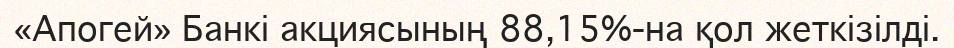
«Апогей» Банкі акциясының 88,15%-на қол жеткізілді.